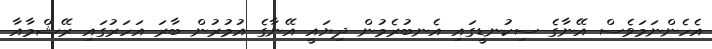
އެހެންނަމަވެސް އޭނާގެ ސިކުނޑީގައި އެނބުރެމުން ދިޔައީ އޭނާގެ އުމުރުން ބާރަ އަހަރުގައި ރޭޝްމާއާ